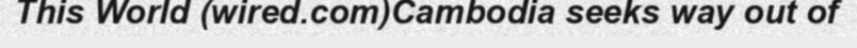
This World (wired.com)Cambodia seeks way out of